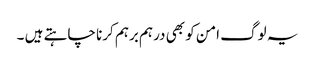
یہ لوگ امن کو بھی درہم برہم کرنا چاہتے ہیں ۔